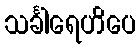
သင်္ခါရေဟိပေ